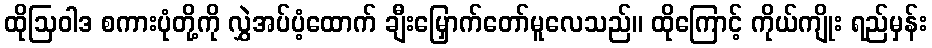
ထိုဩဝါဒ စကားပုံတို့ကို လွှဲအပ်ပံ့ထောက် ချီးမြှောက်တော်မူလေသည်။ ထိုကြောင့် ကိုယ်ကျိုး ရည်မှန်း